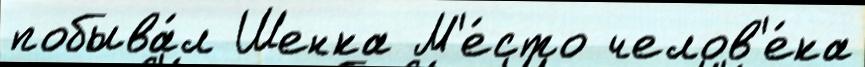
побыва́л Шенка М'е́сто челов'е́ка